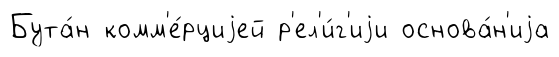
Бута́н комм'е́рциjей р'ел'и́г'иjи основа́н'иjа